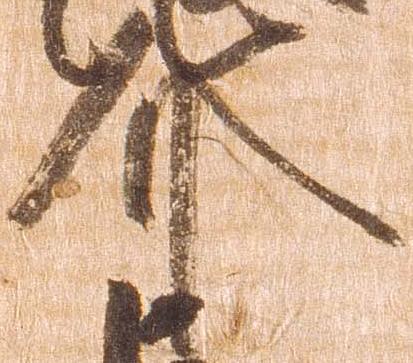
介